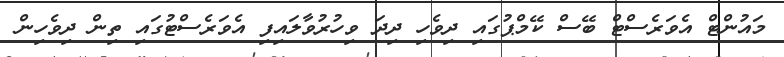
މައުންޓް އެވަރެސްޓް ބޭސް ކޭމްޕުގައި ދިވެހި ދިދަ ވިހުރުވާލައިފި އެވަރެސްޓުގައި ތިން ދިވެހިން